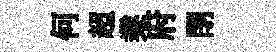
何超業府閉